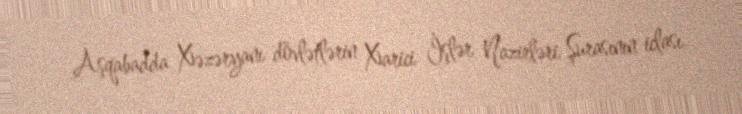
Aşqabadda Xəzəryanı dövlətlərin Xarici İşlər Nazirləri Şurasının iclası